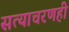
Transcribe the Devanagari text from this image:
सत्याचरणही